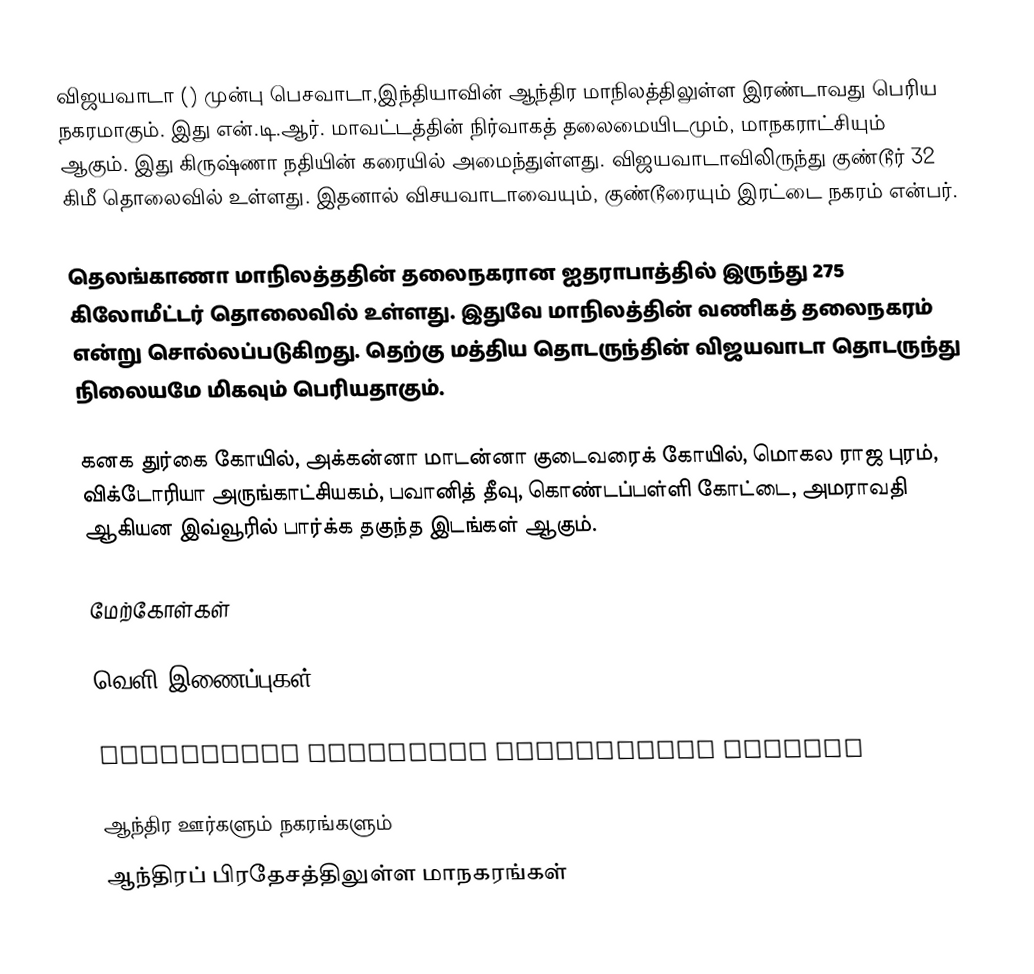
விஜயவாடா () முன்பு பெசவாடா,இந்தியாவின் ஆந்திர மாநிலத்திலுள்ள இரண்டாவது பெரிய நகரமாகும். இது என்.டி.ஆர். மாவட்டத்தின் நிர்வாகத் தலைமையிடமும், மாநகராட்சியும் ஆகும். இது கிருஷ்ணா நதியின் கரையில் அமைந்துள்ளது. விஜயவாடாவிலிருந்து குண்டூர் 32 கிமீ தொலைவில் உள்ளது. இதனால் விசயவாடாவையும், குண்டூரையும் இரட்டை நகரம் என்பர்.

தெலங்காணா மாநிலத்ததின் தலைநகரான ஐதராபாத்தில் இருந்து 275 கிலோமீட்டர் தொலைவில் உள்ளது. இதுவே மாநிலத்தின் வணிகத் தலைநகரம் என்று சொல்லப்படுகிறது. தெற்கு மத்திய தொடருந்தின் விஜயவாடா தொடருந்து நிலையமே மிகவும் பெரியதாகும்.

கனக துர்கை கோயில், அக்கன்னா மாடன்னா குடைவரைக் கோயில், மொகல ராஜ புரம், விக்டோரியா அருங்காட்சியகம், பவானித் தீவு, கொண்டப்பள்ளி கோட்டை, அமராவதி ஆகியன இவ்வூரில் பார்க்க தகுந்த இடங்கள் ஆகும்.

மேற்கோள்கள்

வெளி இணைப்புகள்

 Vijayawada Municipal Corporation website

ஆந்திர ஊர்களும் நகரங்களும்
ஆந்திரப் பிரதேசத்திலுள்ள மாநகரங்கள்